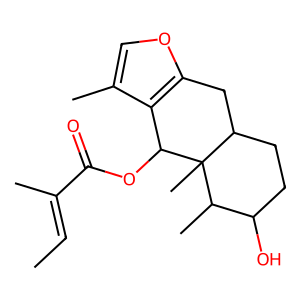
SMILES: CC=C(C)C(=O)OC1c2c(C)coc2CC2CCC(O)C(C)C21C
Inhibits HIV replication: No